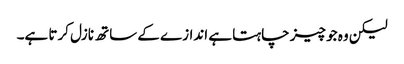
لیکن وہ جو چیز چاہتا ہے اندازے کے ساتھ نازل کرتا ہے۔